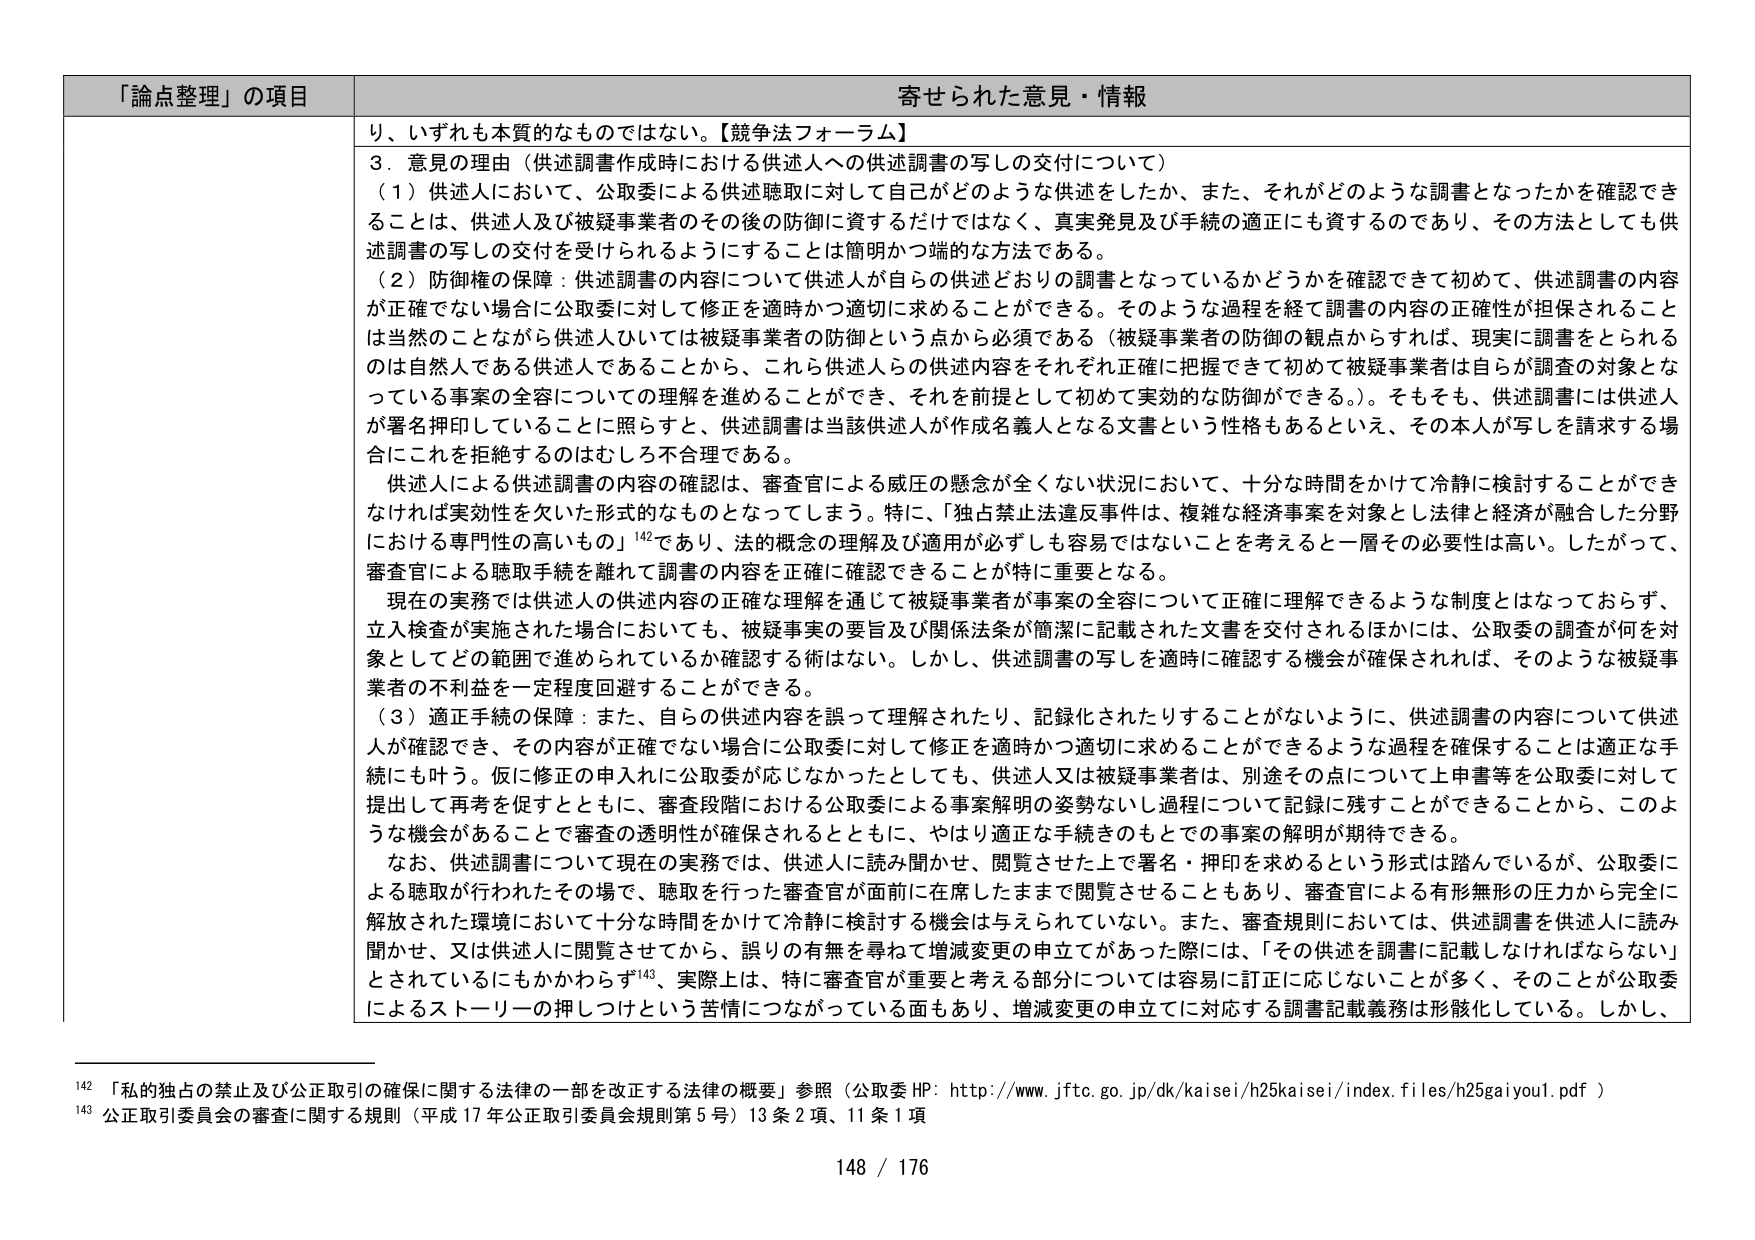
「論点整理」の項目 寄せられた意見・情報
り、いずれも本質的なものではない。【競争法フォーラム】
３．意見の理由（供述調書作成時における供述人への供述調書の写しの交付について）
（１）供述人において、公取委による供述聴取に対して自己がどのような供述をしたか、また、それがどのような調書となったかを確認できることは、供述人及び被疑事業者のその後の防御に資するだけではなく、真実発見及び手続の適正にも資するのであり、その方法としても供述調書の写しの交付を受けられるようにすることは簡明かつ端的な方法である。
（２）防御権の保障：供述調書の内容について供述人が自らの供述どおりの調書となっているかどうかを確認できて初めて、供述調書の内容が正確でない場合に公取委に対して修正を適時かつ適切に求めることができる。そのような過程を経て調書の内容の正確性が担保されることはあることながら供述人ひいては被疑事業者の防御という点から必須である（被疑事業者の防御の観点からすれば、現実に調書をとられるのは自然人である供述人であることから、これら供述人らの供述内容をそれぞれ正確に把握できて初めて被疑事業者は自らが調査の対象となっている事案の全容についての理解を進めることができ、それを前提として初めて実効的な防御ができる。）。そもそも、供述調書には供述人が署名押印していることに照らすと、供述調書は当該供述人が作成名義人となる文書という性格もあるといえ、その本人が写しを請求する場合にこれを拒絶するのはむしろ不合理である。
供述人による供述調書の内容の確認は、審査官による威圧の懸念が全くない状況において、十分な時間をかけて冷静に検討することができなければ実効性を欠いた形式的なものとなってしまう。特に、「独占禁止法違反事件は、複雑な経済事案を対象とし法律と経済が融合した分野における専門性の高いもの」142であり、法的概念の理解及び適用が必ずしも容易ではないことを考えると一層その必要性は高い。したがって、審査官による聴取手続を離れて調書の内容を正確に確認できることが特に重要となる。
現在の実務では供述人の供述内容の正確な理解を通じて被疑事業者が事案の全容について正確に理解できるような制度とはなっておらず、立入検査が実施された場合においても、被疑事実の要旨及び関係法条が簡潔に記載された文書を交付されるほかには、公取委の調査が何を対象としてどの範囲で進められているか確認する術はない。しかし、供述調書の写しを適時に確認する機会が確保されれば、そのような被疑事業者の不利益を一定程度回避することができる。
（３）適正手続の保障：また、自らの供述内容を誤って理解されたり、記録化されたりすることがないように、供述調書の内容について供述人が確認でき、その内容が正確でない場合に公取委に対して修正を適時かつ適切に求めることができるような過程を確保することは適正な手続にも叶う。仮に修正の申入れに公取委が応じなかったとしても、供述人又は被疑事業者は、別途その点について上申書等を公取委に対して提出して再考を促すとともに、審査段階における公取委による事案解明の姿勢ないし過程について記録に残すことができることから、このような機会があることで審査の透明性が確保されるとともに、やはり適正な手続きのもとでの事案の解明が期待できる。
なお、供述調書について現在の実務では、供述人に読み聞かせ、閲覧させた上で署名・押印を求めるという形式は踏んでいるが、公取委による聴取が行われたその場で、聴取を行った審査官が面前に在席したままで閲覧させることもあり、審査官による有形無形の圧力から完全に解放された環境において十分な時間をかけて冷静に検討する機会は与えられていない。また、審査規則においては、供述調書を供述人に読み聞かせ、又は供述人に閲覧させてから、誤りの有無を尋ねて増減変更の申立てがあった際には、「その供述を調書に記載しなければならない」とされているにもかかわらず143、実際上は、特に審査官が重要と考える部分については容易に訂正に応じないことが多く、そのことが公取委によるストーリーの押しつけという苦情につながっている面もあり、増減変更の申立てに対応する調書記載義務は形骸化している。しかし、
142 「私的独占の禁止及び公正取引の確保に関する法律の一部を改正する法律の概要」参照（公取委 HP: http://www.jftc.go.jp/dk/kaisei/h25kaisei/index.files/h25gaiyou1.pdf）
143 公正取引委員会の審査に関する規則（平成17年公正取引委員会規則第5号）13条2項、11条1項
148 / 176